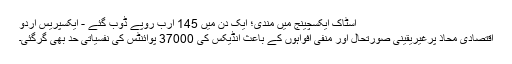
اسٹاک ایکسچینج میں مندی؛ ایک دن میں 145 ارب روپے ڈوب گئے - ایکسپریس اردو
اقتصادی محاذ پرغیریقینی صورتحال اور منفی افواہوں کے باعث انڈیکس کی 37000 پوائنٹس کی نفسیاتی حد بھی گرگئی۔